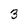
Character: 3